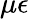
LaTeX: \mu\epsilon